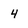
Character: 4